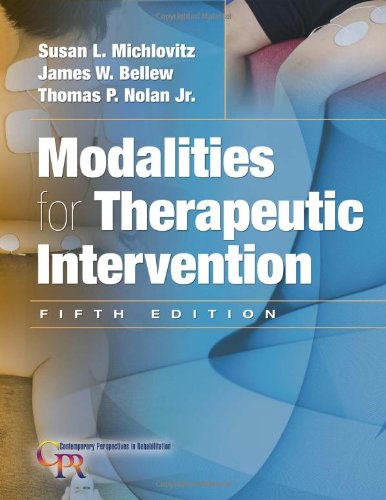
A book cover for Modalities for Therapeutic Intervention (Contemporary Perspectives in Rehabilitation); Susan L. Michlovitz PT  PhD  CHT; Medical Books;